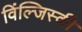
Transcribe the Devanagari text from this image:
विंल्जिस्की